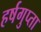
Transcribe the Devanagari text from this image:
हर्षगुप्ता